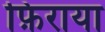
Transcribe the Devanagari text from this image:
फ़िराया